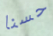
حسنا